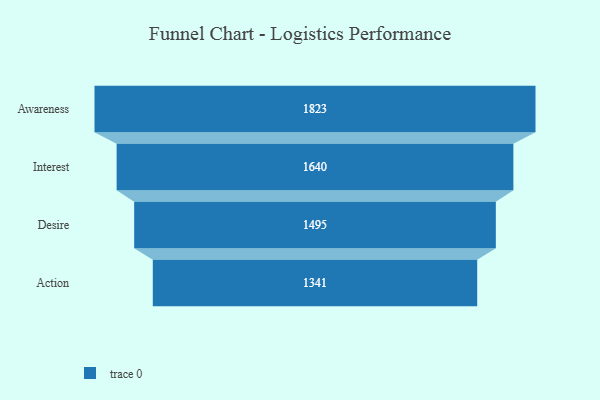
{"axis": {"x": "Stage", "y": "Value"}, "legend": [""], "data": [{"x": "Awareness", "y": 1823.0, "type": ""}, {"x": "Interest", "y": 1640.0, "type": ""}, {"x": "Desire", "y": 1495.0, "type": ""}, {"x": "Action", "y": 1341.0, "type": ""}]}